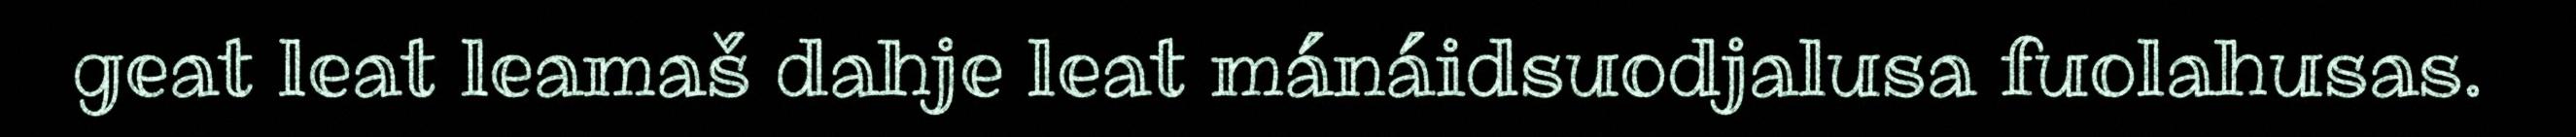
geat leat leamaš dahje leat mánáidsuodjalusa fuolahusas.